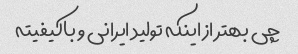
چی بهتر از اینکه تولید ایرانی و باکیفیته